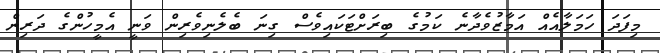
މިފަދަ ހަމަލާއެއް އަމާޒުވެދާނެ ކަމުގެ ބިރަށްޓަކައިވެސް ގިނަ ބެލެނިވެރިން ވަނީ އެމީހުންގެ ދަރިން